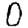
Digit: 0